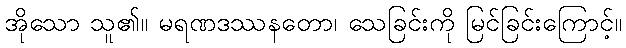
အိုသော သူ၏။ မရဏဒဿနတော၊ သေခြင်းကို မြင်ခြင်းကြောင့်။